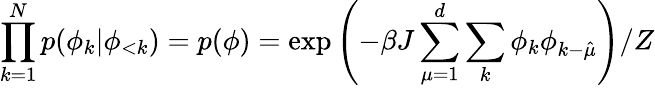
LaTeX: \prod_{k=1}^{N}p(\phi_{k}|\phi_{<k})=p(\phi)=\exp\left(-\beta J\sum_{\mu=1}^{d}\sum_{k}\phi_{k}\phi_{k-\hat{\mu}}\right)/Z